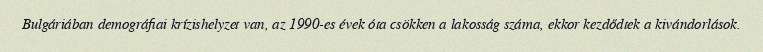
Bulgáriában demográfiai krízishelyzet van, az 1990-es évek óta csökken a lakosság száma, ekkor kezdődtek a kivándorlások.